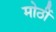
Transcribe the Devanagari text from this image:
मोठीं